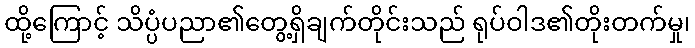
ထို့ကြောင့် သိပ္ပံပညာ၏တွေ့ရှိချက်တိုင်းသည် ရုပ်ဝါဒ၏တိုးတက်မှု၊